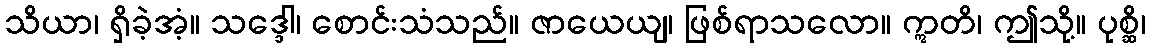
သိယာ၊ ရှိခဲ့အံ့။ သဒ္ဒေါ၊ စောင်းသံသည်။ ဇာယေယျ၊ ဖြစ်ရာသလော။ ဣတိ၊ ဤသို့။ ပုစ္ဆိ၊